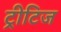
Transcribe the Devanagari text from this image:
ट्रीटिज